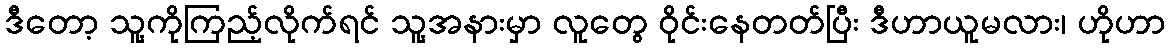
ဒီတော့ သူ့ကိုကြည့်လိုက်ရင် သူ့အနားမှာ လူတွေ ဝိုင်းနေတတ်ပြီး ဒီဟာယူမလား၊ ဟိုဟာ